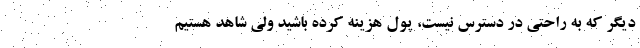
دیگر که به راحتی در دسترس نیست، پول هزینه کرده باشید ولی شاهد هستیم